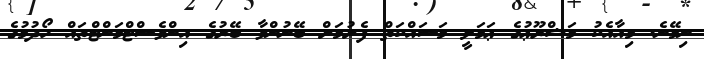
ނިމޭނެ. މިއާއެކު މަޝްރޫޢުގެ ޢަމަލީ މަސައްކަތް ފެށުމަށް ބޭނުންވާ ބޭރުގެ އިންވެސްޓްމަންޓްތައް ހޯދުމުގެ